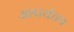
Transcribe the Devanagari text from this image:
आपर्यतय